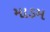
માડમ